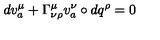
d v _ { a } ^ { \mu } + \Gamma _ { \nu \rho } ^ { \mu } v _ { a } ^ { \nu } \circ d q ^ { \rho } = 0